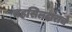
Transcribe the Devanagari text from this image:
तहसिलदाराचे